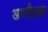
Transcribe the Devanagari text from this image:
अण्वीक्षक